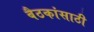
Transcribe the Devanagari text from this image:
बैठकांसाठी